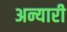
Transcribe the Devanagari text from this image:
अन्यारी